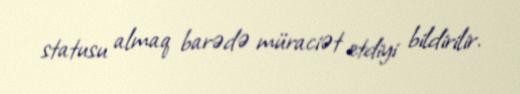
statusu almaq barədə müraciət etdiyi bildirilir.